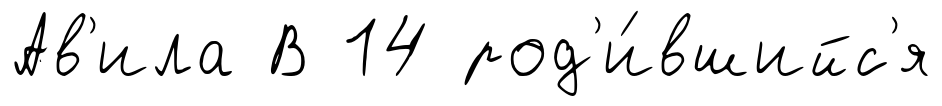
Ав'ила В 14 род'и́вшийс'я